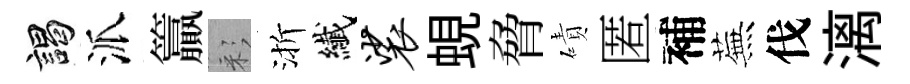
謁派籯彩渐纎裟蜆脅磧匿補蕪伐漓